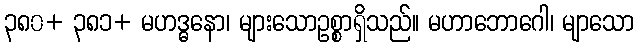
၃၈၀+ ၃၈၁+ မဟဒ္ဓနော၊ များသောဥစ္စာရှိသည်။ မဟာဘောဂေါ၊ မျာသော